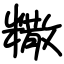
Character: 糤